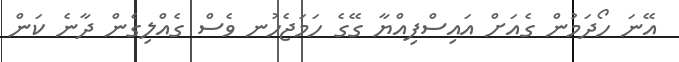
އޭނަ ހޯދަމުން ގެއަށް އައިސްފިއްޔާ ގޭގެ ހަމަޖެހުނ ވެސްް ގެއްލިގެން ދާނެ ކަން